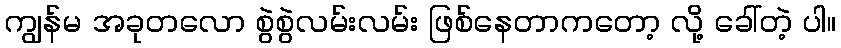
ကျွန်မ အခုတလော စွဲစွဲလမ်းလမ်း ဖြစ်နေတာကတော့ လို့ ခေါ်တဲ့ ပါ။